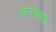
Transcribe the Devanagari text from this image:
कांगसावती